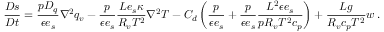
\frac { D s } { D t } = \frac { p D _ { q } } { \epsilon e _ { s } } \nabla ^ { 2 } q _ { v } - \frac { p } { \epsilon e _ { s } } \frac { L e _ { s } \kappa } { R _ { v } T ^ { 2 } } \nabla ^ { 2 } T - C _ { d } \left( \frac { p } { \epsilon e _ { s } } + \frac { p } { \epsilon e _ { s } } \frac { L ^ { 2 } \epsilon e _ { s } } { p R _ { v } T ^ { 2 } c _ { p } } \right) + \frac { L g } { R _ { v } c _ { p } T ^ { 2 } } w \, .